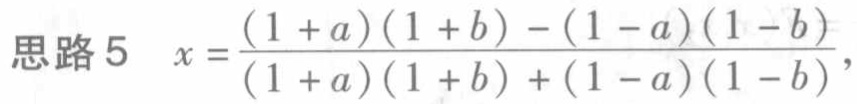
思路5 \(x = \frac{(1 + a)(1 + b) - (1 - a)(1 - b)}{(1 + a)(1 + b) + (1 - a)(1 - b)}\)